Vaccination Hyderabad 1872-1889 - 1872-1889
Year: 1872
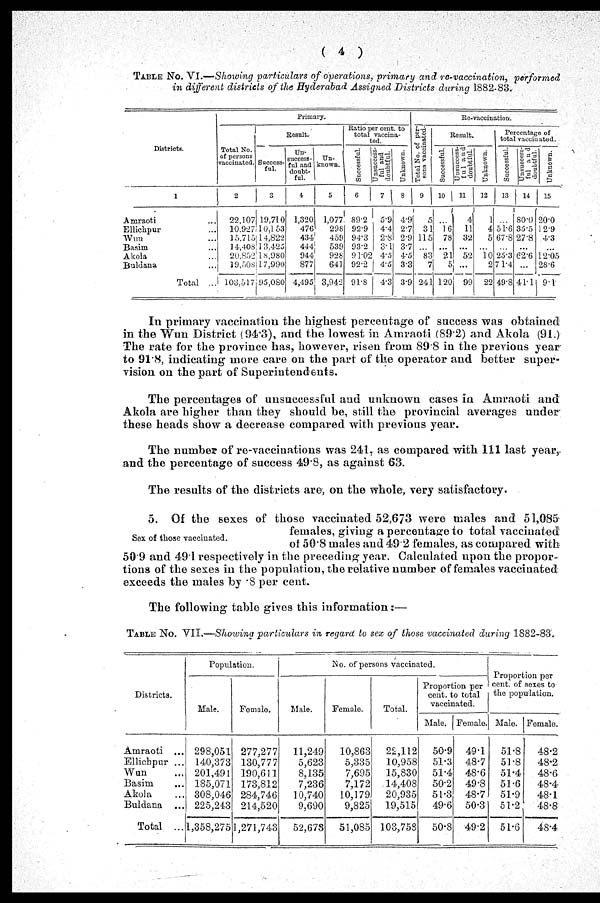
(
4
)
TABLE NO. VI.—Showing particulars of operations, primary and re-vaccination, performed
in different districts of the Hyderabad Assigned Districts during 1882-83.
Districts.
1
Amraoti ...
Ellichpur ...
Wun ...
Basim ...
Akola ...
Buldana ...
Total ...
Primary.
Total No.
of persons
vaccinated.
2
22,107
10,927
15,715
14,408
20,852
19,508
103,517
Result.
Success-
ful.
3
19,710
10,153
14,822
13,425
18,980
17,990
95,080
Un-
success-
ful and
doubt-
ful.
4
1,320
476
434
444
944
877
4,495
Un-
known.
5
1,077
298
459
539
928
641
3,942
Ratio per cent. to
total vaccina-
ted.
Successful.
6
89.2
92.9
94.3
93.2
91.02
92.2
91.8
Unsuccess-
ful and
doubtful.
7
5.9
4.4
2.8
3.1
4.5
4.5
4.3
Unknown.
8
4.9
2.7
2.9
3.7
4.5
3.3
3.9
Re-vaccination.
Total No. of per-
sons vaccinated.
9
5
31
115
...
83
7
241
Result.
Successful.
10
...
16
78
...
21
5
120
Unsuccess-
ful and
doubtful.
11
4
11
32
...
52
...
99
Unknown
12
1
4
5
...
10
2
22
Percentage of
total vaccinated.
Successful.
13
...
51.6
67.8
...
25.3
71.4
49.8
Unsuccess-
ful and
doubtful.
14
80.0
35.5
27.8
...
62.6
...
41.1
Unknown.
15
20.0
12.9
4.3
...
12.05
28.6
9.1
In primary vaccination the highest percentage of success was obtained
in the Wun District (94.3), and the lowest in Amraoti (89.2) and Akola (91.)
The rate for the province has, however, risen from 89.8 in the previous year
to 91.8, indicating more care on the part of the operator and better super-
vision on the part of Superintendents.
The percentages of unsuccessful and unknown cases in Amraoti and
Akola are higher than they should be, still the provincial averages under
these heads show a decrease compared with previous year.
The number of re-vaccinations was 241, as compared with 111 last year,.
and the percentage of success 49.8, as against 63.
The results of the districts are, on the whole, very satisfactory.
Sex of those vaccinated.
5. Of the sexes of those vaccinated 52,673 were males and 51,085
females, giving a percentage to total vaccinated
of 50.8 males and 49.2 females, as compared with
50.9 and 491 respectively in the preceding year. Calculated upon the propor-
tions of the sexes in the population, the relative number of females vaccinated
exceeds the males by .8 per cent.
The following table gives this information:—
TABLE No. VII.—Showing particulars in regard to sex of those vaccinated during 1882-83.
Districts.
Amraoti ...
Ellichpur ...
Wun ...
Basim ...
Akola ...
Buldana ...
Total ...
Population.
Male.
298,051
140,373
201,491
185,071
308,046
225,243
1,358,275
Female.
277,277
130,777
190,611
173,812
284,746
214,520
1,271,743
No. of persons vaccinated.
Male.
11,249
5,623
8,135
7,236
10,740
9,690
52,673
Female.
10,863
5,335
7,695
7,172
10,179
9,825
51,085
Total.
22,112
10,958
15,830
14,408
20,935
19,515
103,758
Proportion per
cent. to total
vaccinated.
Male.
50.9
51.3
51.4
50.2
51.3
49.6
50.8
Female.
49.1
48.7
48.6
49.8
48.7
50.3
49.2
Proportion per
cent. of sexes to
the population.
Male.
51.8
51.8
51.4
51.6
51.9
51.2
51.6
Female.
48.2
48.2
48.6
48.4
48.1
48.8
48.4